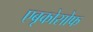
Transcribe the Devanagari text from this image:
एबृकोसोफ